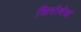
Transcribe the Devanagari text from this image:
शिरोवेश